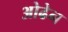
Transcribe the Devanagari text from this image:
ओढेन